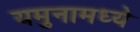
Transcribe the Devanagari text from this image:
यमुनामध्ये